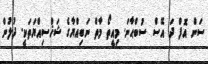
ސަން އޮފް ދަ އޭސް ސުބްޙާނަ. މިއީތޯ މާތް ނަބިއްޔާގެ ޝަޚްސިއްޔަތަކީ. ދުލުން